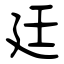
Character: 廷